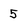
Character: 5